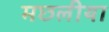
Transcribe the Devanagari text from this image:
मछलीया